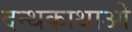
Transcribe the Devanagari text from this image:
दन्थकाथाओं